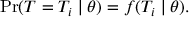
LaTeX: \operatorname* { P r } ( T = T _ { i } \mid \theta ) = f ( T _ { i } \mid \theta ) .